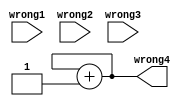
`timescale 1ns / 1ps
//////////////////////////////////////////////////////////////////////////////////
// Company: 
// Engineer: 
// 
// Design Name: 
// Module Name:    wrong 
// Project Name: 
// Target Devices: 
// Tool versions: 
// Description: 
//
// Dependencies: 
//
// Revision: 
// Revision 0.01 - File Created
// Additional Comments: 
//
//////////////////////////////////////////////////////////////////////////////////
module wrong(wrong1,wrong2,wrong3,wrong4);

  input wire [7:0]wrong1,wrong2,wrong3;
  output reg [2:0]wrong4;
  
  //
	always @(wrong1 or wrong2 or wrong3)
	begin
	  wrong4<=wrong4+1; 
	end
  

endmodule